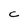
Character: c